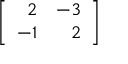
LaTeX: \left[ { \begin{array} { r r } { 2 } & { - 3 } \\ { - 1 } & { 2 } \end{array} } \right]